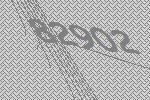
82902